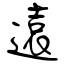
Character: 遠